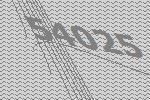
54025